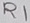
Text: R1